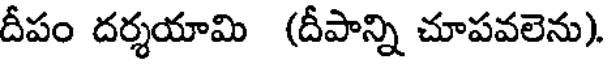
దీపం దర్శయామి (దీపాన్ని చూపవలెను).